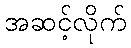
အဆင့်လိုက်